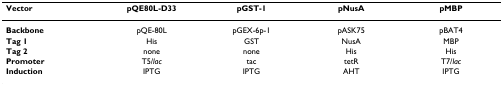
<table><thead><tr><td><b>Vector</b></td><td><b>pQE80L-D33</b></td><td><b>pGST-1</b></td><td><b>pNusA</b></td><td><b>pMBP</b></td></tr></thead><tbody><tr><td><b>Backbone</b></td><td>pQE-80L</td><td>pGEX-6p-1</td><td>pASK75</td><td>pBAT4</td></tr><tr><td><b>Tag 1</b></td><td>His</td><td>GST</td><td>NusA</td><td>MBP</td></tr><tr><td><b>Tag 2</b></td><td>none</td><td>none</td><td>His</td><td>His</td></tr><tr><td><b>Promoter</b></td><td>T5/<i>lac</i></td><td>tac</td><td>tetR</td><td>T7/<i>lac</i></td></tr><tr><td><b>Induction</b></td><td>IPTG</td><td>IPTG</td><td>AHT</td><td>IPTG</td></tr></tbody></table>